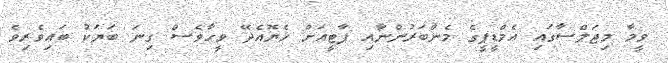
ވީމާ މިޖަލްސާގައި އެމްޑީޕީގެ މެންބަރުންނާއި ޕާޓީއަށް ހެޔޮއެދޭ ވީހާވެސް ގިނަ ބަޔަކު ބައިވެރިވެ